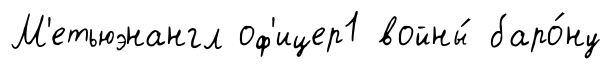
М'етьюэнангл оф'ицер1 войны́ баро́ну